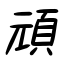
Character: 頑